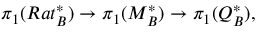
\pi _ { 1 } ( R a t _ { B } ^ { * } ) \to \pi _ { 1 } ( M _ { B } ^ { * } ) \to \pi _ { 1 } ( Q _ { B } ^ { * } ) ,